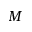
M